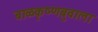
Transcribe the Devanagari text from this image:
बाळकृष्णबुवाला